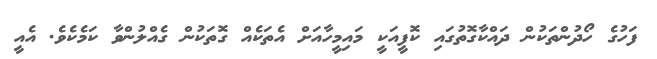
ފަހުގެ ހޯދުންތަކުން ދައްކާގޮތުގައި ކޮފީއަކީ މައިމީހާއަށް އެތަކެއް ގޮތަކުން ގެއްލުންވާ ކަމެކެވެ. އެއީ